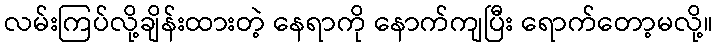
လမ်းကြပ်လို့ချိန်းထားတဲ့ နေရာကို နောက်ကျပြီး ရောက်တော့မလို့။